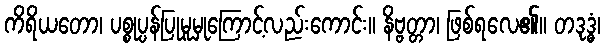
ကိရိယတော၊ ပစ္စုပ္ပန်ပြုမူမှုကြောင့်လည်းကောင်း။ နိဗ္ဗတ္တာ၊ ဖြစ်ရလေ၏။ တဒုဒ္ဓံ၊